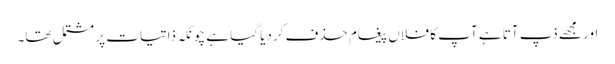
اور مجھے ذپ آتا ہے آپ کا فلاں پیغام حذف کردیا گیا ہے چونکہ ذاتیات پر مشتمل تھا۔